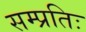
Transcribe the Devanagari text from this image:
सम्प्रतिः